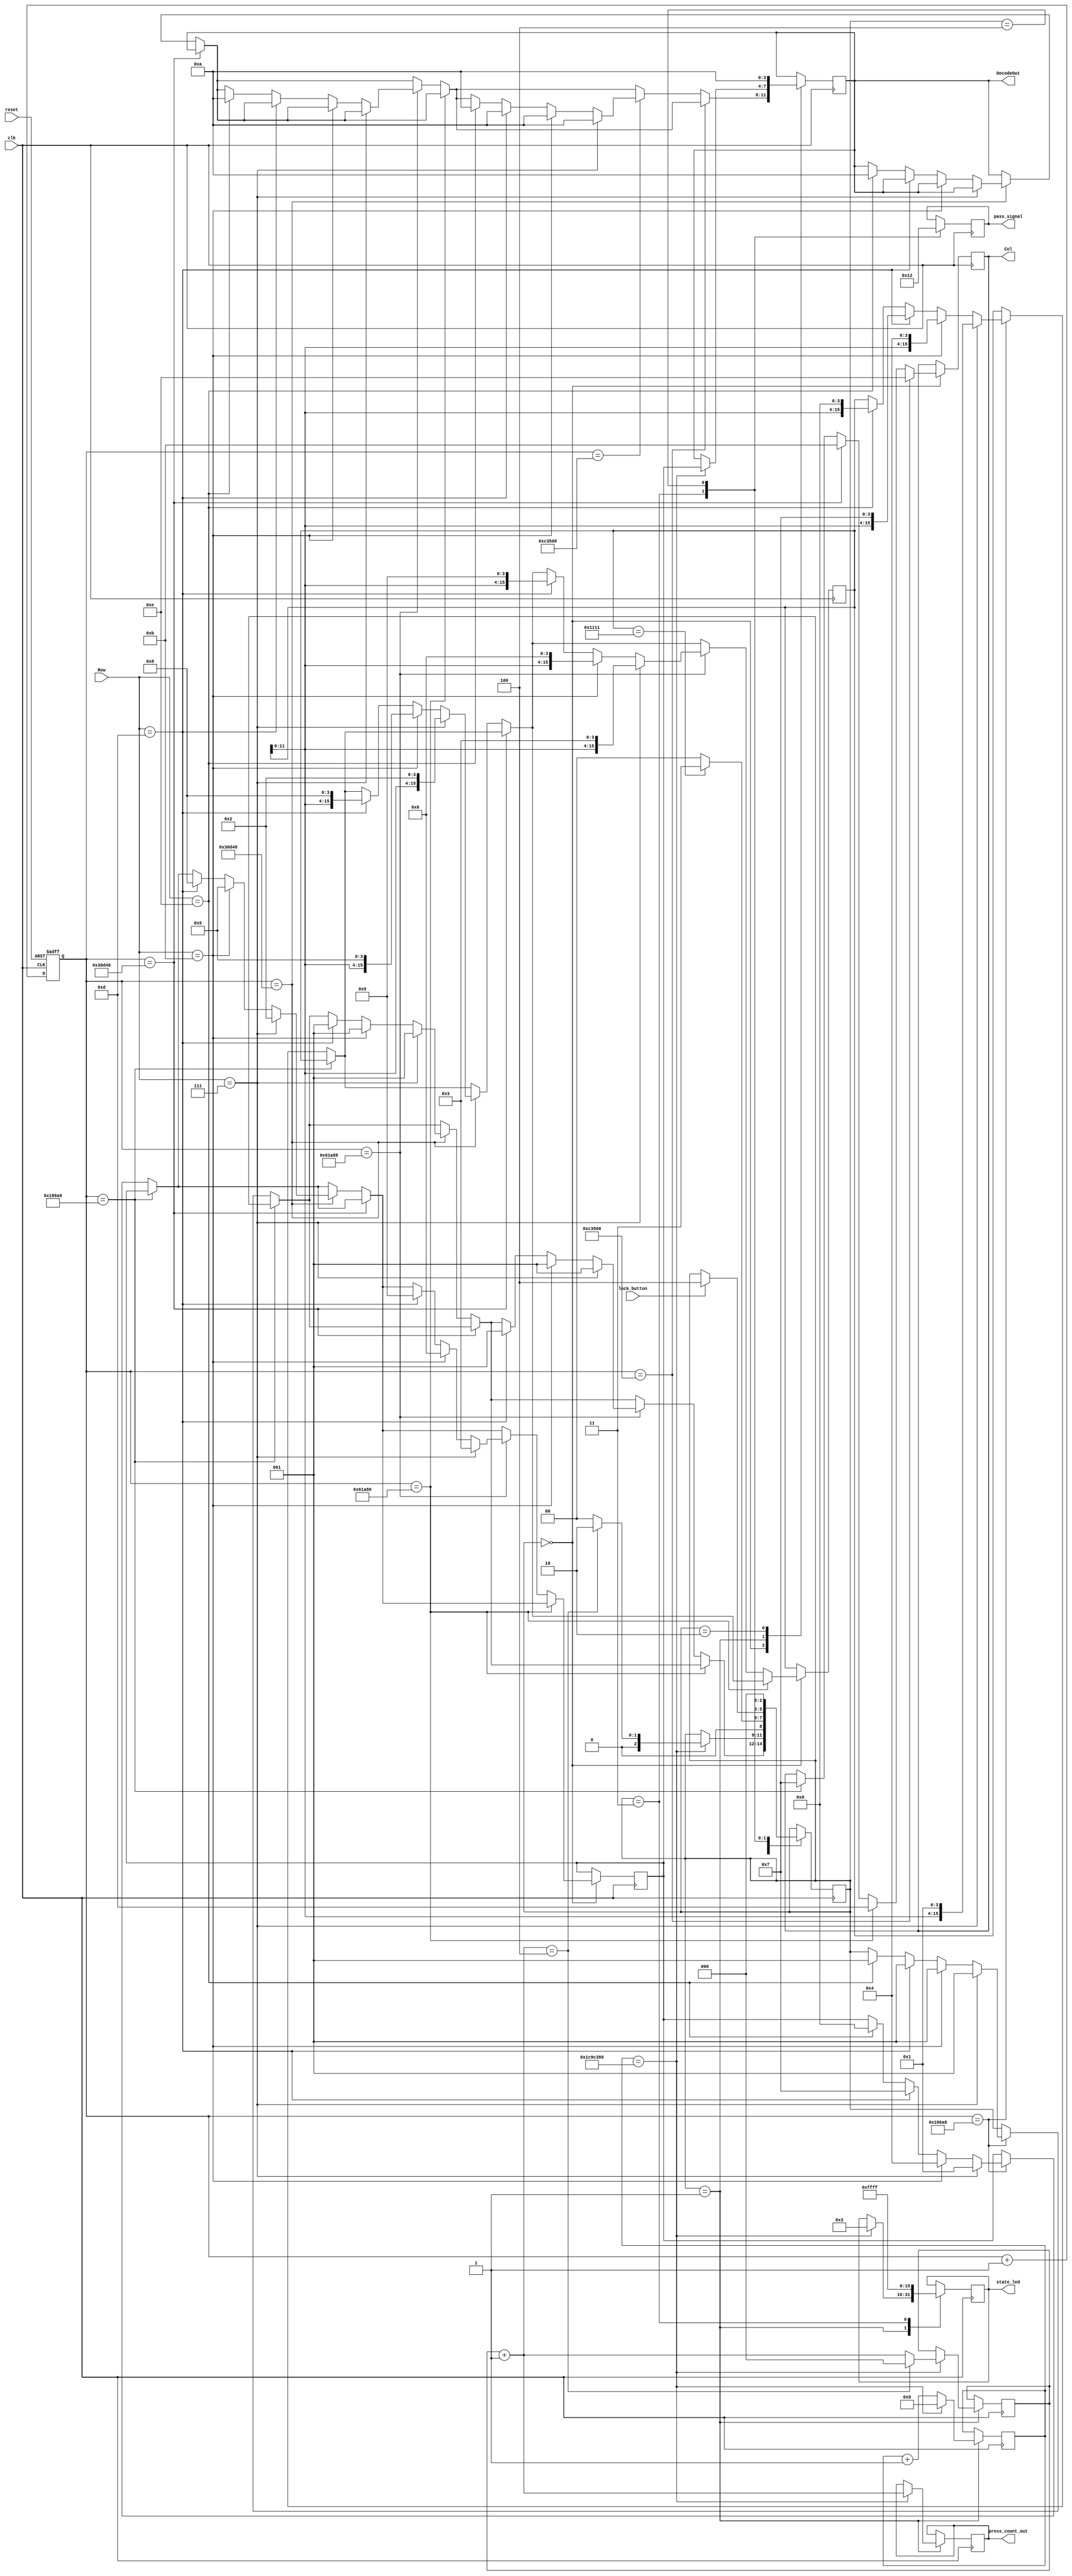
`timescale 1ns / 1ps
//////////////////////////////////////////////////////////////////////////////////
// Company: 
// Engineer: 
// 
// Design Name: 
// Module Name: decoder_OSU
// Project Name: 
// Target Devices: 
// Tool Versions: 
// Description: 
// 
// Dependencies: 
// 
// Revision:
// Revision 0.01 - File Created
// Additional Comments:
// 
//////////////////////////////////////////////////////////////////////////////////

module decoder_OSU(
  input clk,
  input reset,
  input [3:0] Row,
  input lock_button,
  output reg [3:0] Col,
  output reg [3:0] DecodeOut,
  output reg [15:0] state_led,
  output reg [3:0] pass_signal,
  output reg [2:0]  press_count_out
); 

  reg [19:0] divider;
  reg [15:0] pass = 16'b0001000100010001; //hardcoded password
  
  
  /*Password buffer*/
  reg [15:0] pass_buffer;
  
  reg [2:0]  press_count;
  reg [2:0]  state = 3'b000;
  reg [3:0]  decode_buffer;
  reg [31:0] delay_clk;
  //reg [2:0]  flash_count;
  
  
  always @(posedge reset or posedge clk)
    begin
      if(reset)
        begin
          divider <= 20'b00000000000000000000;
        end
      else
        divider <= divider + 1;
    end
    
    

  always @(posedge clk)
    begin
      case(state)
        3'b000:
          begin
            
            if(divider ==  20'b00011000011010100000) // 11000011010100000 1ms delay =100000
              Col <= 4'b0111;
            else if(divider == 20'b00011000011010101000) // =100008
              if (Row == 4'b0111)
                begin
						  decode_buffer <= 4'b0001; //1	
						  pass_buffer <= {pass_buffer, 4'b0001};
						  state = 3'b001;
                end

            else if(Row == 4'b1011)
                begin
                        decode_buffer = 4'b0100;  //4
                        pass_buffer <= {pass_buffer, 4'b0100};
                        state = 3'b001;
                end  
                
            else if(Row == 4'b1101)
            begin
                          decode_buffer = 4'b0111;//7  
                          pass_buffer <= {pass_buffer, 4'b0111};
                          state = 3'b001;
            end  
            
            else if(Row == 4'b1110) 
            begin
                          decode_buffer = 4'b0000;  //0
                          pass_buffer <= {pass_buffer, 4'b0000};
                          state = 3'b001;
            end

            if(divider ==  20'b00110000110101000000) //=200000
              Col <= 4'b1011;
            else if(divider == 20'b00110000110101001000) //=200008
              begin 
                if (Row == 4'b0111)
                  begin
                              decode_buffer = 4'b0010;  //2
                              pass_buffer <= {pass_buffer, 4'b0010};
                              state = 3'b001;
                            end //2
                else if(Row == 4'b1011)  
                  begin
                              decode_buffer = 4'b0101;  //5
                              pass_buffer <= {pass_buffer, 4'b0101};
                              state = 3'b001;
                            end //5
                else if(Row == 4'b1101)
                  begin
                              decode_buffer = 4'b1000;  //8
                              pass_buffer <= {pass_buffer, 4'b1000};
                              state = 3'b001;
                            end
                else if(Row == 4'b1110)
                  DecodeOut <= 4'b1010; //f
              end

            if(divider ==  20'b01100001101010000000) //#400000
              Col <= 4'b1101;
            else if(divider == 20'b01100001101010001000) //400000
              begin 
                if (Row == 4'b0111)
                  begin
                              decode_buffer = 4'b0011;  //3
                              pass_buffer <= {pass_buffer, 4'b0011};
                              state = 3'b001;
                            end //3
                else if(Row == 4'b1011)  
                  begin
                              decode_buffer = 4'b0110;  //6
                              pass_buffer <= {pass_buffer, 4'b0110};
                              state = 3'b001;
                            end //6
                else if(Row == 4'b1101)
                  begin
                              decode_buffer = 4'b1001;  //9
                              pass_buffer <= {pass_buffer, 4'b1001};
                              state = 3'b001;
                            end  //9
                else if(Row == 4'b1110)
                  DecodeOut <= 4'b1010;
              end

            if(divider ==  20'b11000011010100000000) //#800000
              Col <= 4'b1110;
            else if(divider == 20'b11000011010100001000) //800008
              begin 
                if (Row == 4'b0111)
                  DecodeOut <= 4'b1010; //a
                else if(Row == 4'b1011)  
                  DecodeOut <= 4'b1010; //b
                else if(Row == 4'b1101)
                  DecodeOut <= 4'b1010;  //c
                else if(Row == 4'b1110)      
                  DecodeOut <= 4'b1010;  //d
              end  
			
          
          end
          
        3'b001:
          begin
		      if(delay_clk[31:0] == 32'd30000000)
			  begin
			    state_led <= 16'b0000000000000011;
				DecodeOut <= decode_buffer;
				delay_clk <= 32'd0;
				press_count = press_count + 1'b1;
				press_count_out <= press_count;
				if(press_count[2:0] == 3'd4)
                    begin
                        press_count <= 3'd0;
                        state <= 3'b010;
                        
                    end
				else
				    state <= 3'b000;
 			  end
			  else
			  delay_clk = delay_clk + 1'b1;
	       end
			  
		3'b010:
            begin
                if(pass_buffer == pass)
                begin
                    state <= 3'b011;
                end
                else
                    state <= 3'b000;
                    DecodeOut <= 4'b1010;
            
            end
            
          
          3'b011: //Unlocked
          begin
            state_led <= 16'b1111111111111111;
            pass_signal <= 4'b0001;
            
            if(lock_button)
                state <= 3'b100;
          end
          
          3'b100:
          begin
            pass_signal <= 4'b0010;
            //if(delay_clk[31:0] == 32'd3000000000)
            //begin
               // delay_clk = 32'd0;
                state <= 3'b000;
            //end
            //else
            //delay_clk = delay_clk + 1;
          end
            
      endcase
    end
endmodule